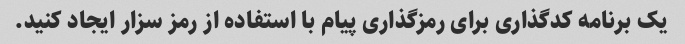
یک برنامه کدگذاری برای رمزگذاری پیام با استفاده از رمز سزار ایجاد کنید.